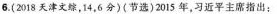
6.(2018天津文综，14，6分)(节选)2015年，习近平主席指出：